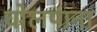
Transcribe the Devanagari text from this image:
घोलपाना